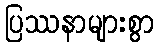
ပြဿနာများစွာ